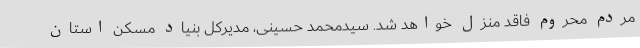
مردم محروم فاقد منزل خواهد شد. سیدمحمد حسینی، مدیرکل بنیاد مسکن استان